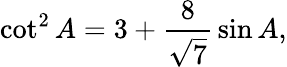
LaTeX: \cot^{2}A=3+{\frac{8}{\sqrt{7}}}\sin A,